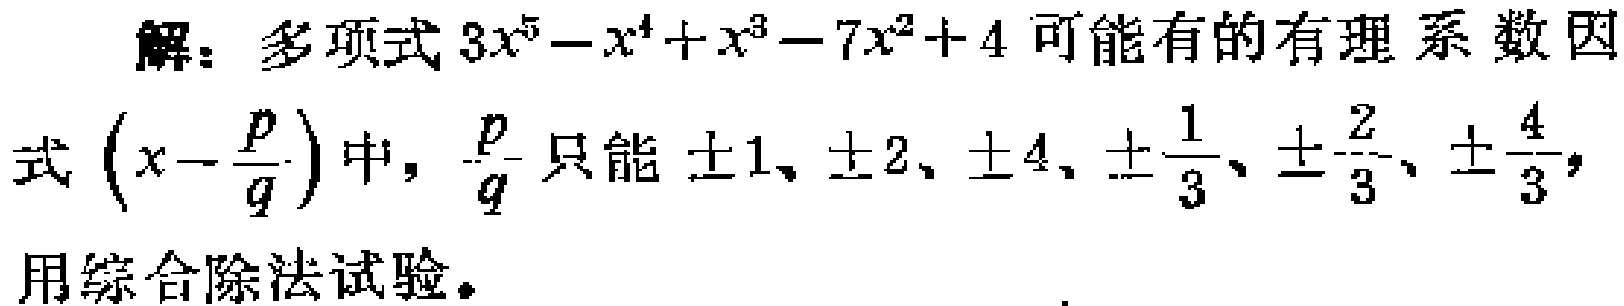
解：多项式\(3x^{5}-x^{4}+x^{3}-7x^{2}+4\)可能有的有理系数因式\((x - \frac{p}{q})\)中，\(\frac{p}{q}\)只能\(\pm1、\pm2、\pm4、\pm\frac{1}{3}、\pm\frac{2}{3}、\pm\frac{4}{3}\)，用综合除法试验。